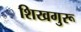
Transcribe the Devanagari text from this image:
शिखगुरू